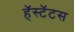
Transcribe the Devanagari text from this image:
हॅस्टॅटस